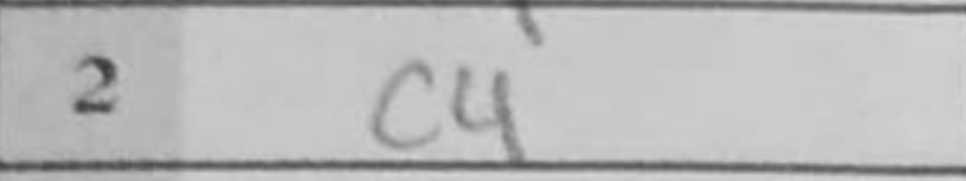
Transcription: c4